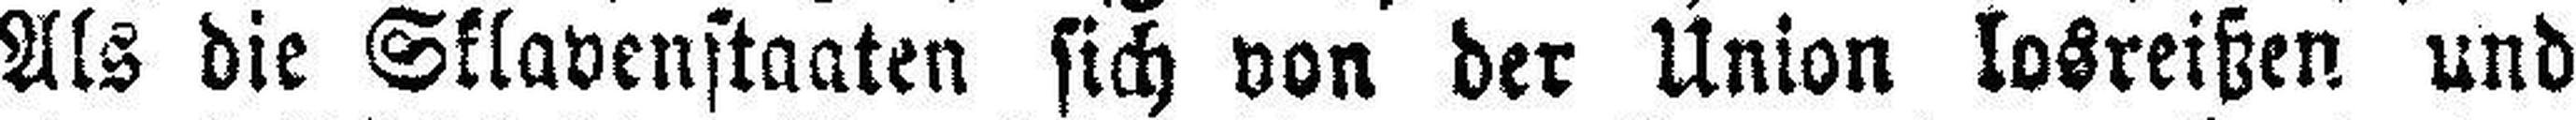
Als die Sklavenstaaten sich von der Union losreißen und